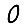
Digit: 0